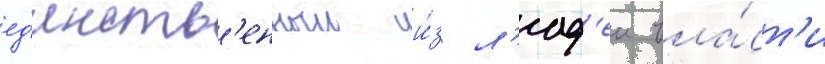
ед'инств'енныи и́з л'юд'еи вла́ст'и